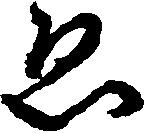
ゑ